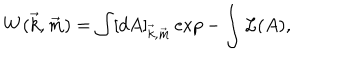
W ( \vec { k } , \vec { m } ) = \int [ d A ] _ { \vec { k } , \vec { m } } \exp - \int { \cal L } ( A ) ,